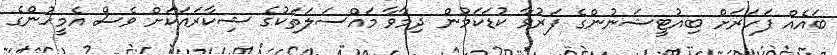
ބައެއް ފަހަރަށް ބިއުޓީޝަނުންގެ ފަރުވާ ކުޑަކަމުން ދިމާވާ މައްސަލަތަކުގެ ޝިކާރައަކަށް ވެސް އެމީހުންގެ